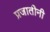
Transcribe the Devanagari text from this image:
प्रजातीनी